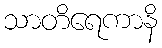
သာတိရေကာနိ